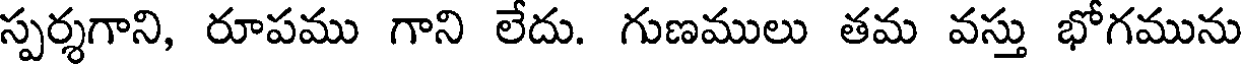
స్పర్శగాని, రూపము గాని లేదు. గుణములు తమ వస్తు భోగమును